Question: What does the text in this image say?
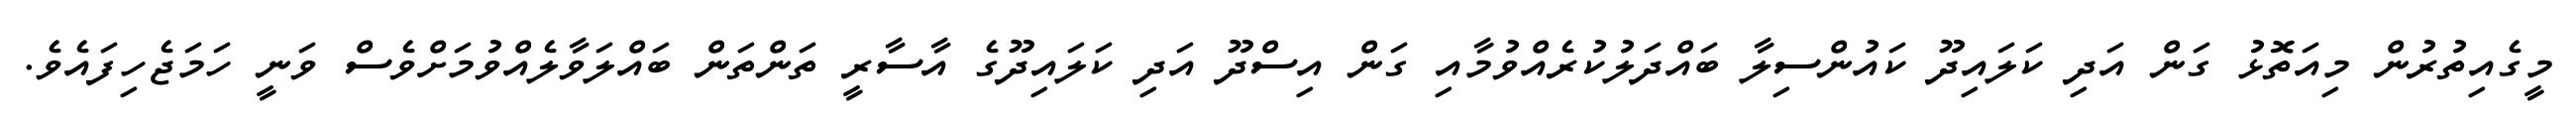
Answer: މީގެއިތުރުން މިއަތޮޅު ގަން އަދި ކަލައިދޫ ކައުންސިލާ ބައްދަލުކުރެއްވުމާއި ގަން އިސްދޫ އަދި ކަލައިދޫގެ އާސާރީ ތަންތަން ބައްލަވާލެއްވުމަށްވެސް ވަނީ ހަމަޖެހިފައެވެ.